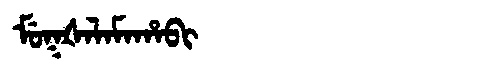
Manchu: ᠮᡠᡴᡧᠠᠯᠠᠮᠠᡥᠠᠪᡳ
Romanization: MUKŠALAMAHABI